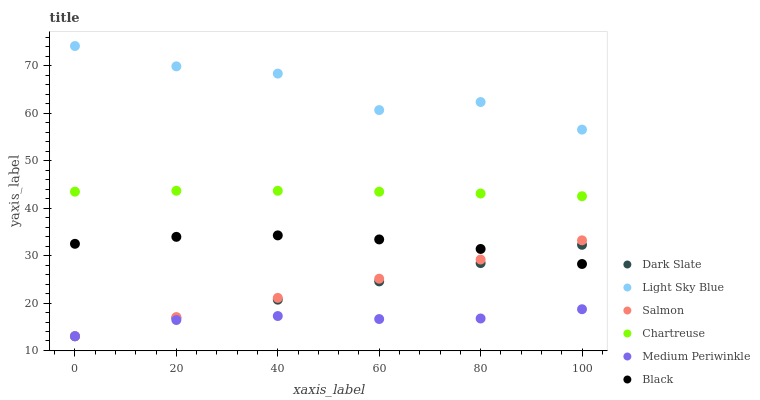
| xaxis_label | Dark Slate | Light Sky Blue | Salmon | Chartreuse | Medium Periwinkle | Black |
 | --- | --- | --- | --- | --- | --- | --- |
 | 0 | 13 | 74.2 | 13 | 43.5 | 13 | 32.5 |
 | 20 | 16.9 | 69.9 | 17 | 43.7 | 16.4 | 34 |
 | 40 | 20.7 | 68.4 | 21.1 | 43.7 | 17.3 | 34.3 |
 | 60 | 24.6 | 60.7 | 25.1 | 43.5 | 16.6 | 33.4 |
 | 80 | 28.4 | 62.4 | 29.2 | 43.1 | 16.7 | 31.4 |
 | 100 | 32.3 | 56.6 | 33.2 | 42.5 | 18.7 | 28.2 |